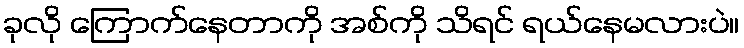
ခုလို ကြောက်နေတာကို အစ်ကို သိရင် ရယ်နေမလားပဲ။